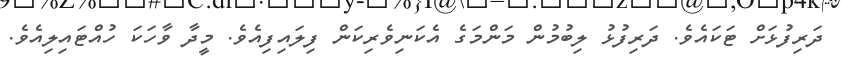
ދަރިފުޅަށް ޓަކައެވެ. ދަރިފުޅު ލިބުމުން މަންމަގެ އެކަނިވެރިކަން ފިލައިފިއެވެ. މީދާ ވާހަކަ ހުއްޓައިލިއެވެ.